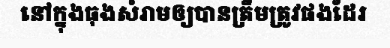
នៅក្នុងធុងសំរាមឲ្យបានត្រឹមត្រូវផងដែរ